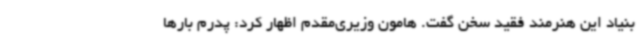
بنیاد این هنرمند فقید سخن گفت. هامون وزیری‌مقدم اظهار کرد: پدرم بارها